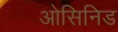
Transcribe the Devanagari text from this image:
ओसिनिड